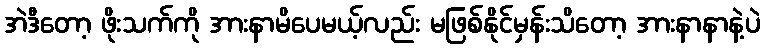
အဲဒီတော့ ဖိုးသက်ကို အားနာမိပေမယ့်လည်း မဖြစ်နိုင်မှန်းသိတော့ အားနာနာနဲ့ပဲ